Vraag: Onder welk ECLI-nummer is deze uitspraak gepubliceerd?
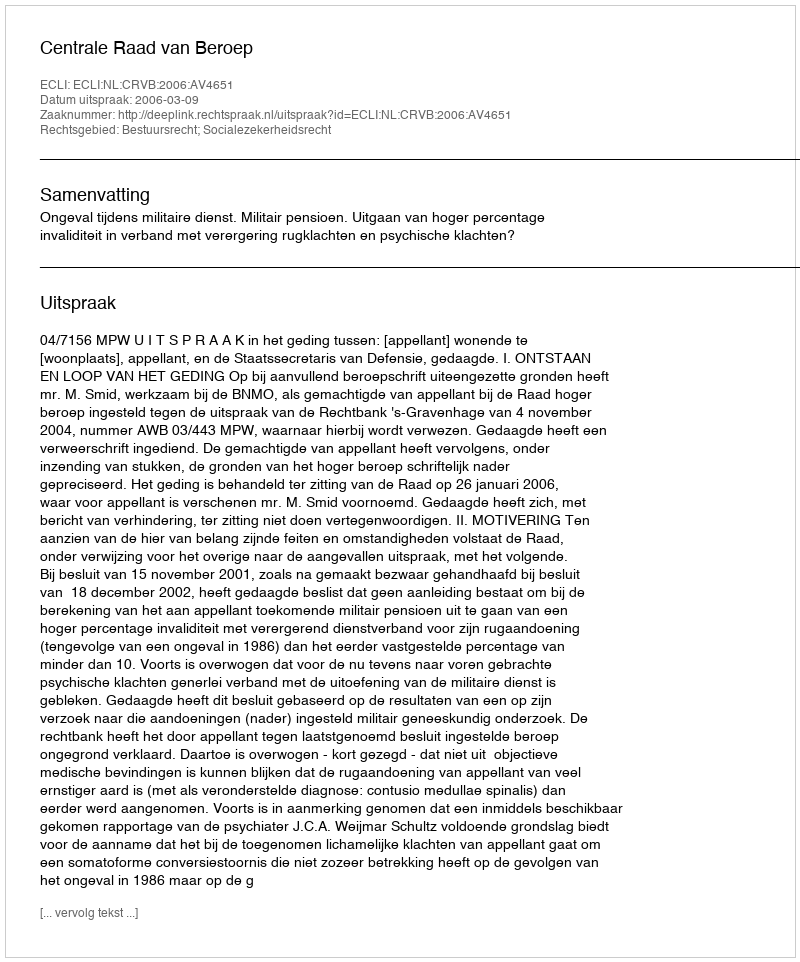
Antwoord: ECLI:NL:CRVB:2006:AV4651